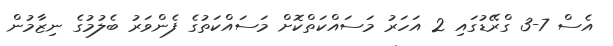
އެސް 7-3 ގްރޭޑުގައި 2 އަހަރު މަސައްކަތްކޮށް މަސައްކަތުގެ ފެންވަރު ބެލުމުގެ ނިޒާމުން